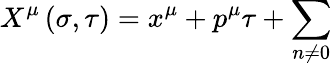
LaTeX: X^{\mu}\left(\sigma,\tau\right)=x^{\mu}+p^{\mu}\tau+\sum_{n\neq 0}